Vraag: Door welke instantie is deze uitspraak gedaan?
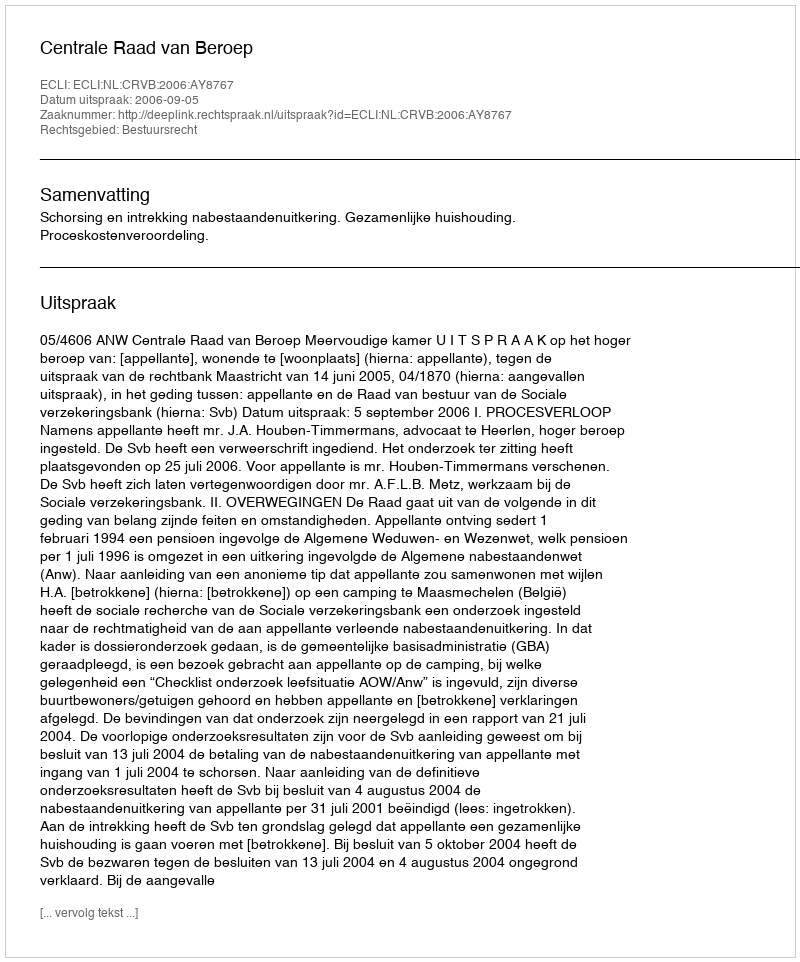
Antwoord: Centrale Raad van Beroep